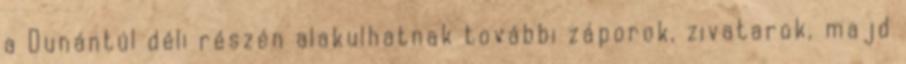
a Dunántúl déli részén alakulhatnak további záporok, zivatarok, majd